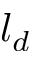
l _ { d }